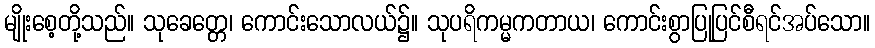
မျိုးစေ့တို့သည်။ သုခေတ္တေ၊ ကောင်းသောလယ်၌။ သုပရိကမ္မကတာယ၊ ကောင်းစွာပြုပြင်စီရင်အပ်သော။